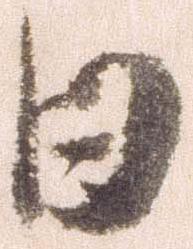
日